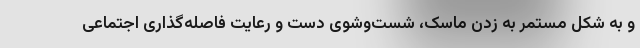
و به شکل مستمر به زدن ماسک، شست‌وشوی دست و رعایت فاصله‌گذاری اجتماعی